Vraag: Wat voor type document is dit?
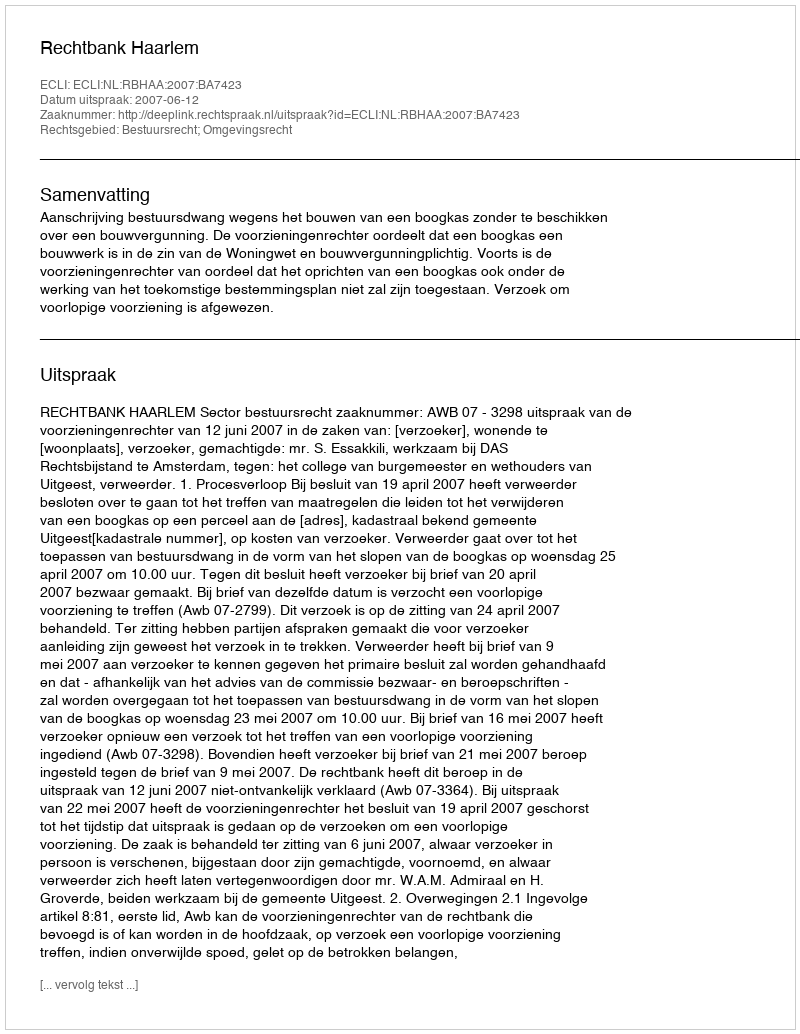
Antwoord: Uitspraak